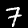
Digit: 7